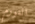
التورم